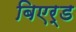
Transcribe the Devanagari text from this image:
बिएर्ड